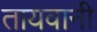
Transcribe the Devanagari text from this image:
तायवानी